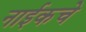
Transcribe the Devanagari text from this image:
नाईकचे